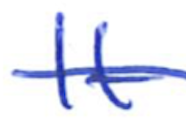
Text: It
Cross-out: single-line
Writing tool: ballpoint